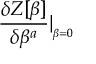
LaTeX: \mathrm { P } ( \nu _ { \alpha } \to \nu _ { \alpha ^ { \prime } } ) \neq \mathrm { P } ( \bar { \nu } _ { \alpha ^ { \prime } } \to \bar { \nu } _ { \alpha } ) ,